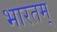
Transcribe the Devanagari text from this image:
भारतम्‌